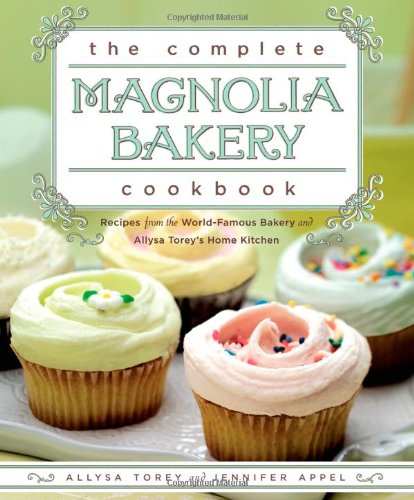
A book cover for The Complete Magnolia Bakery Cookbook: Recipes from the World-Famous Bakery and Allysa Torey's Home Kitchen; Jennifer Appel; Cookbooks, Food & Wine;